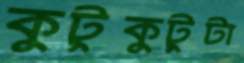
কুটুকুটুটা